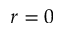
r = 0